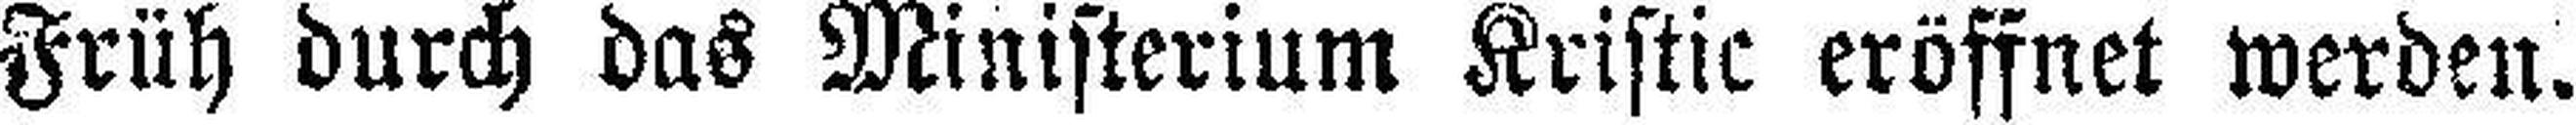
Früh durch das Ministerium Kristic eröffnet werden.